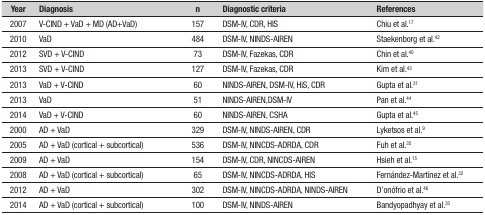
<table><thead><tr><td><b>Year</b></td><td><b>Diagnosis</b></td><td><b>n</b></td><td><b>Diagnostic criteria</b></td><td><b>References</b></td></tr></thead><tbody><tr><td>2007</td><td>V-CIND + VaD + MD (AD+VaD)</td><td>157</td><td>DSM-IV, CDR, HIS</td><td>Chiu et al.<sup>17</sup></td></tr><tr><td>2010</td><td>VaD</td><td>484</td><td>DSM-IV, NINDS-AIREN</td><td>Staekenborg et al.<sup>42</sup></td></tr><tr><td>2012</td><td>SVD + V-CIND</td><td>73</td><td>DSM-IV, Fazekas, CDR</td><td>Chin et al.<sup>40</sup></td></tr><tr><td>2013</td><td>SVD + V-CIND</td><td>127</td><td>DSM-IV, Fazekas, CDR</td><td>Kim et al.<sup>43</sup></td></tr><tr><td>2013</td><td>VaD + V-CIND</td><td>60</td><td>NINDS-AIREN, DSM-IV, HiS, CDR</td><td>Gupta et al.<sup>31</sup></td></tr><tr><td>2013</td><td>VaD</td><td>51</td><td>NINDS-AIREN,DSM-IV</td><td>Pan et al.<sup>44</sup></td></tr><tr><td>2014</td><td>VaD + V-CIND</td><td>60</td><td>NINDS-AIREN, CSHA</td><td>Gupta et al.<sup>45</sup></td></tr><tr><td>2000</td><td>AD + VaD</td><td>329</td><td>DSM-IV, NINDS-AIREN, CDR</td><td>Lyketsos et al.<sup>9</sup></td></tr><tr><td>2005</td><td>AD + VaD (cortical + subcortical)</td><td>536</td><td>DSM-IV, NINCDS-ADRDA, CDR</td><td>Fuh et al.<sup>35</sup></td></tr><tr><td>2009</td><td>AD + VaD</td><td>154</td><td>DSM-IV, CDR, NINCDS-AIREN</td><td>Hsieh et al.<sup>15</sup></td></tr><tr><td>2008</td><td>AD + VaD (cortical + subcortical)</td><td>65</td><td>DSM-IV, NINCDS-ADRDA, HIS</td><td>Fernández-Martínez et al.<sup>32</sup></td></tr><tr><td>2012</td><td>AD + VaD</td><td>302</td><td>DSM-IV, NINCDS-ADRDA, NINDS-AIREN</td><td>D’onófrio et al.<sup>46</sup></td></tr><tr><td>2014</td><td>AD + VaD (cortical + subcortical)</td><td>100</td><td>DSM-IV, NINDS-AIREN</td><td>Bandyopadhyay et al.<sup>33</sup></td></tr></tbody></table>